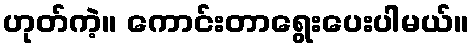
ဟုတ်ကဲ့။ ကောင်းတာရွေးပေးပါမယ်။